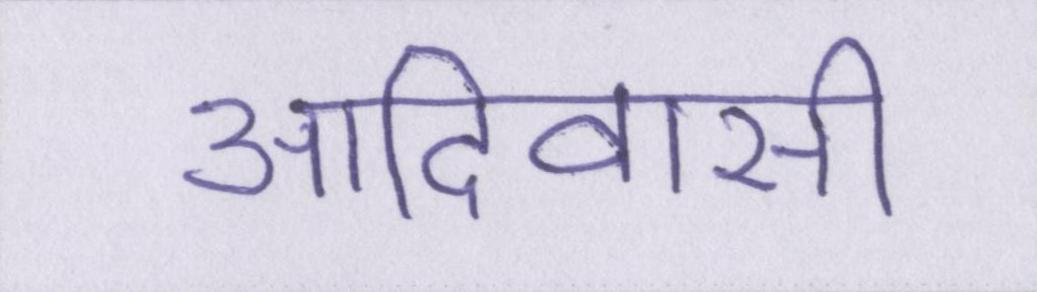
आदिवासी